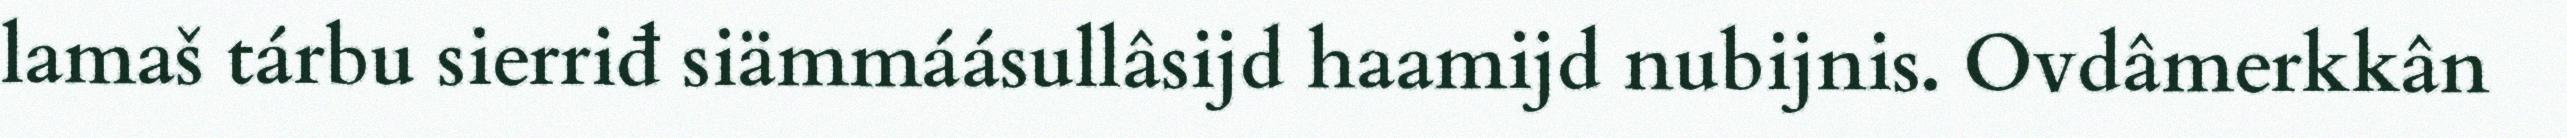
lamaš tárbu sierriđ siämmáásullâsijd haamijd nubijnis. Ovdâmerkkân